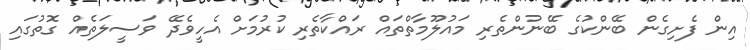
އިން ފެށިގެން ބޭންކުގެ ބޭނުންތެރި މައުލޫމާތްތައް ރައްކާތެރި ކުރުމަށް އެހީވެދޭ ވަސީލަތެއް ގޮތުގައި